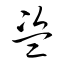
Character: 盜